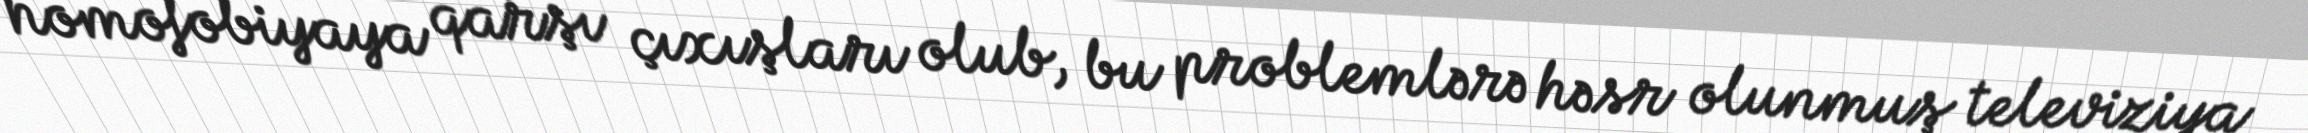
homofobiyaya qarşı çıxışları olub, bu problemlərə həsr olunmuş televiziya